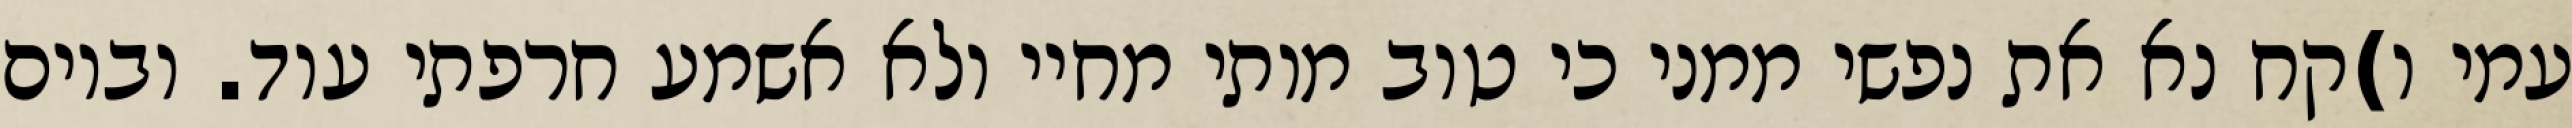
עמי ו)קח נא את נפשי ממני כי טוב מותי מחיי ולא אשמע חרפתי עוד. וביום